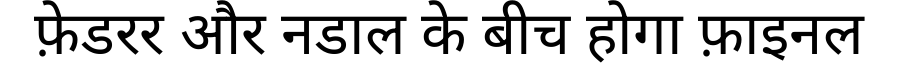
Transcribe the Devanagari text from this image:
फ़ेडरर और नडाल के बीच होगा फ़ाइनल